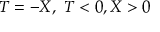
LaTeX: T = - X , \ T < 0 , X > 0